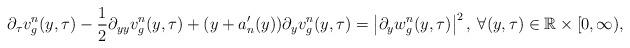
LaTeX: \begin{align*}\partial_\tau v_g^n(y,\tau) - \frac{1}{2} \partial_{yy}v_g^n(y,\tau) + (y + a_n'(y)) \partial_y v_g^n(y,\tau) = \left | \partial_y w_g^n (y,\tau) \right |^2, \: \forall (y,\tau) \in \mathbb{R} \times [0,\infty),\end{align*}